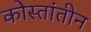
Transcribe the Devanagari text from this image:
कोस्तांतीन